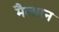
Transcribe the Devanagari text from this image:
मैलारन